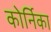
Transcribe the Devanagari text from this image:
कोर्निका